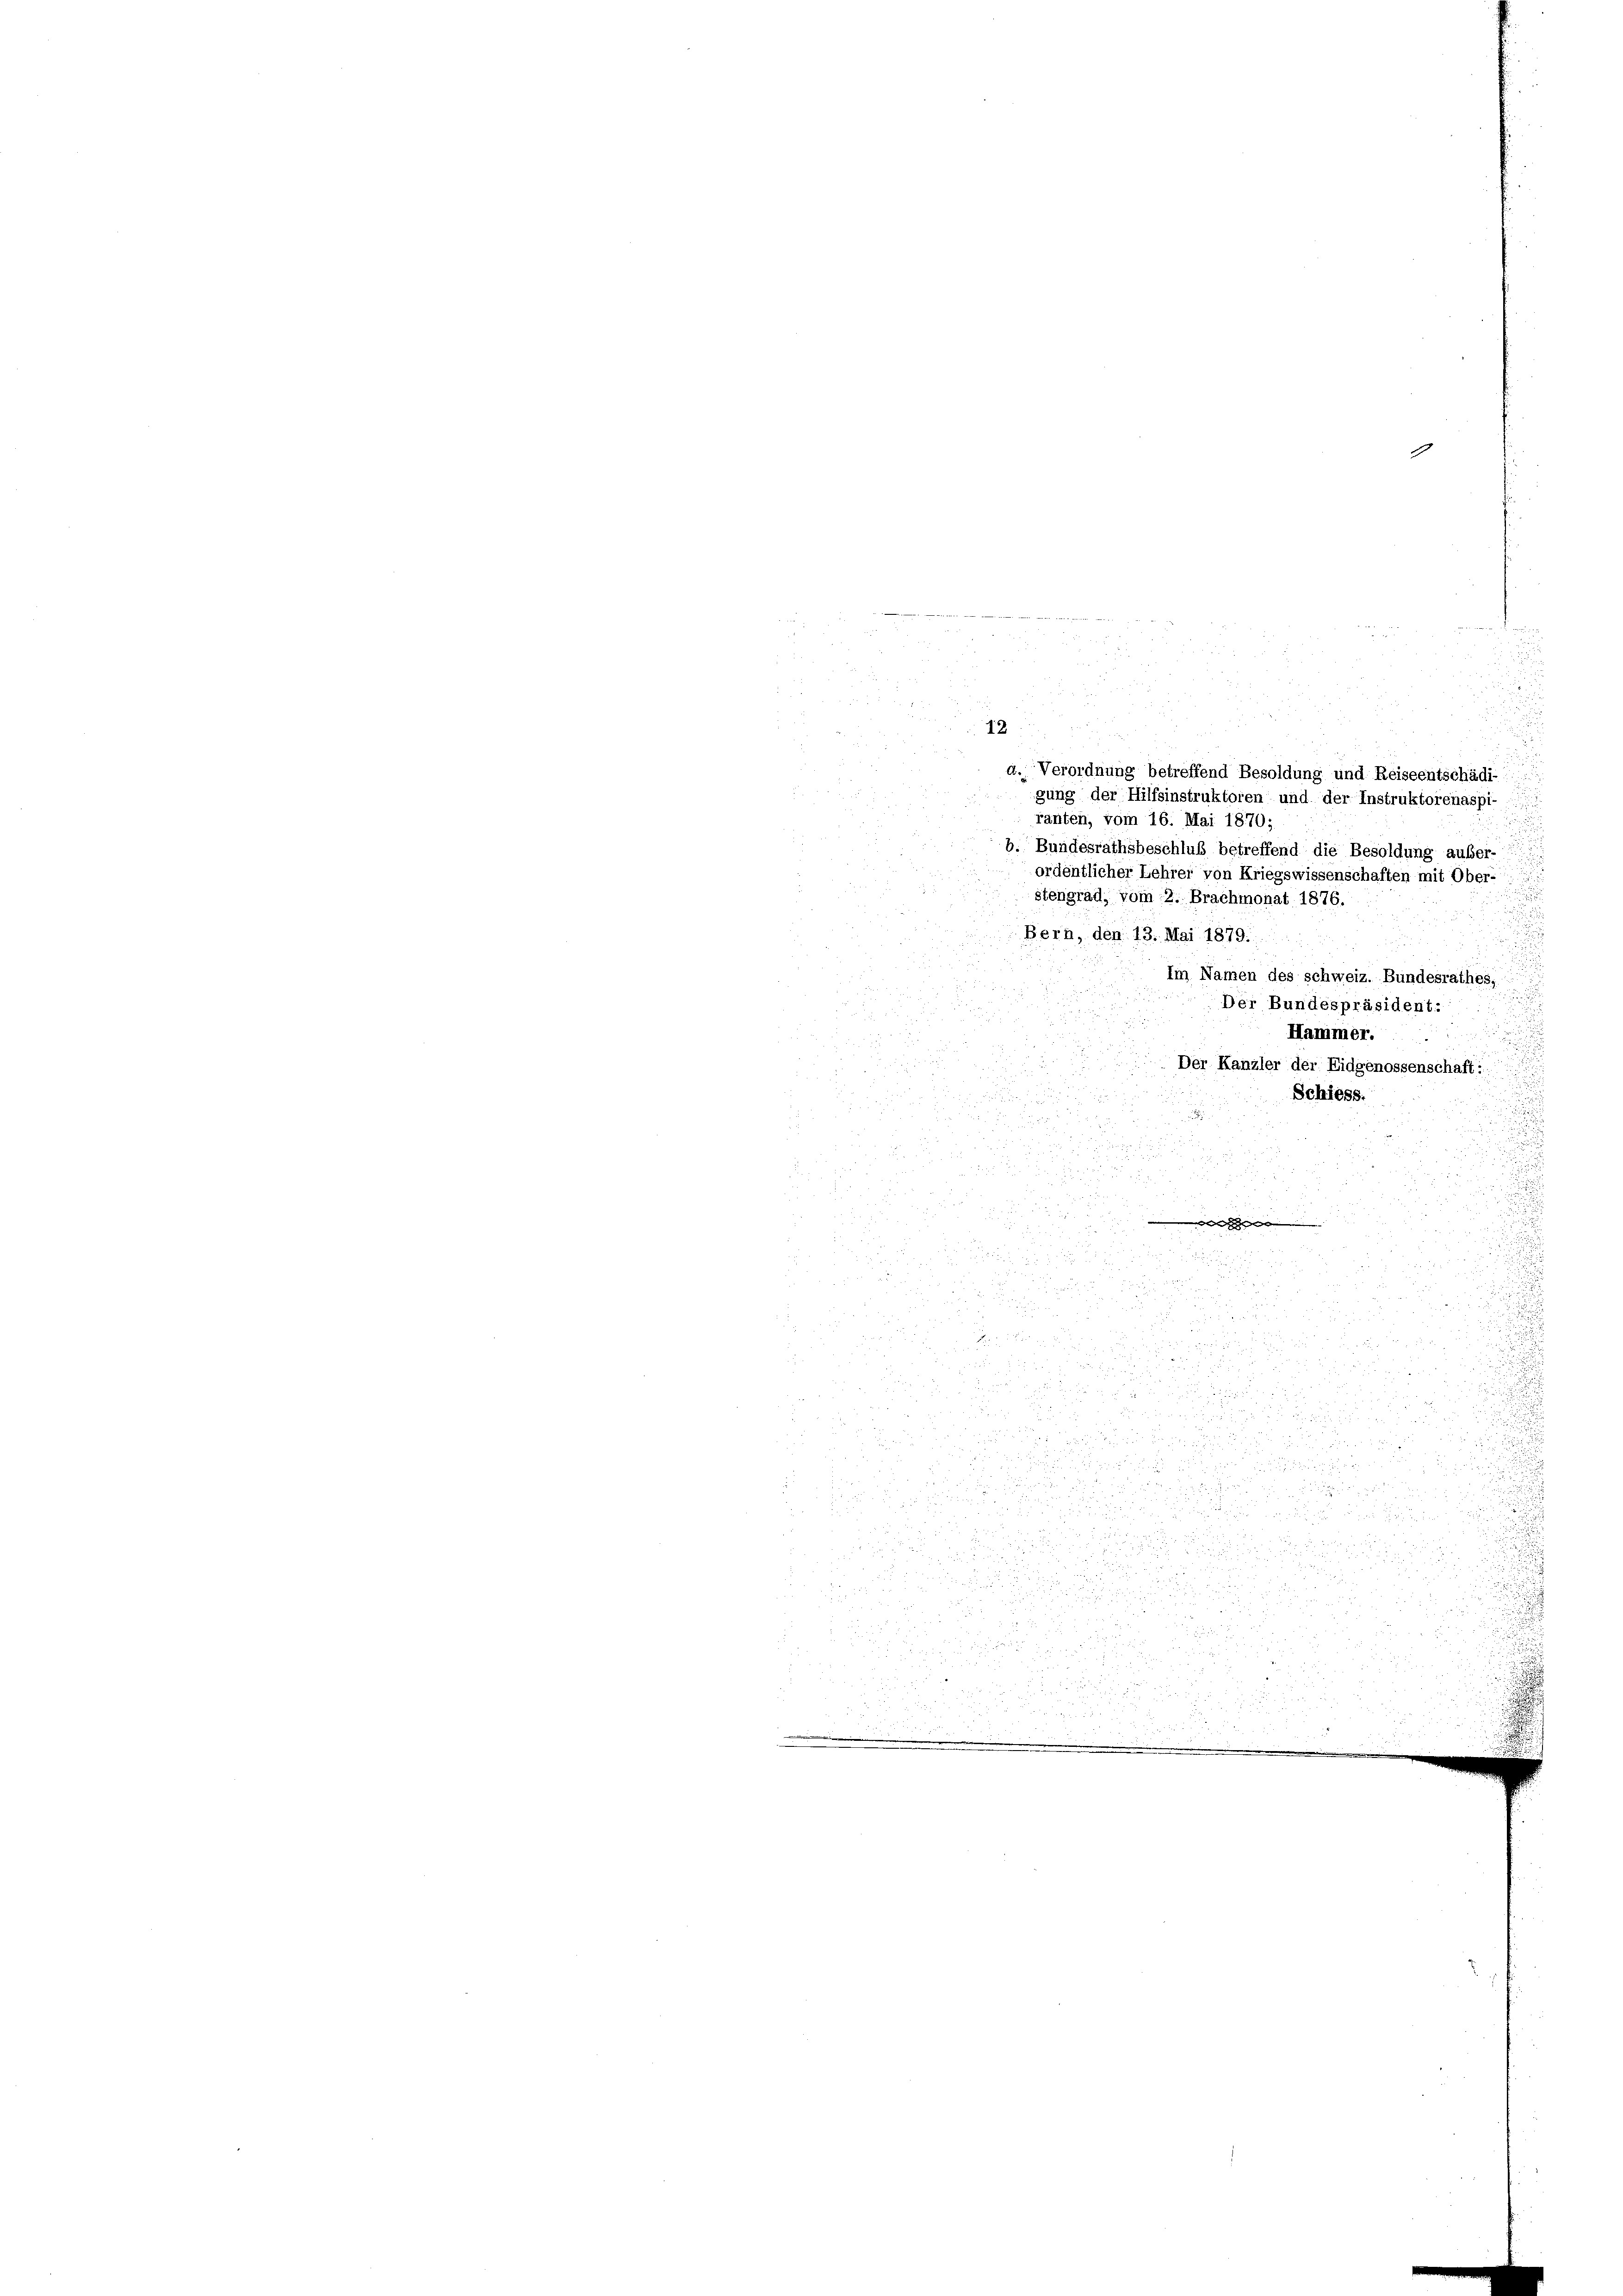
2

d. Verordnung betreffend Besoldung und Reiseentschädi-
gung der Hilfsinstruktoren und der Instruktorenaspi-
ranten, vom 16. Mai 1870;
b. Bundesrathsbeschluß betreffend die Besoldung aufer-
ordentlicher Lehrer von Kriegswissenschaften mit Ober-
stengrad, vom 2. Brachmonat 1876.
Bern, den 13. Mai 1879.
Im Namen des schweiz. Bundesrathes,
Der Bundespräsident.

Hammer.
25
Der Kanzler der Eidgenossenschaft:
u

Schiess.
8
g

5
d
125

r
.
25

2

d
de

d. d. d. d. 18

i

i

xx
2
u
au
15 x

u

n

 52
 55 x

2

d

d
 x 5

2
9

e

.
d
.25
r

är
u
5 x

 x

8 x
 1257

d
a

.
4
0 f 0 x

r

1